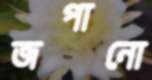
জপানো